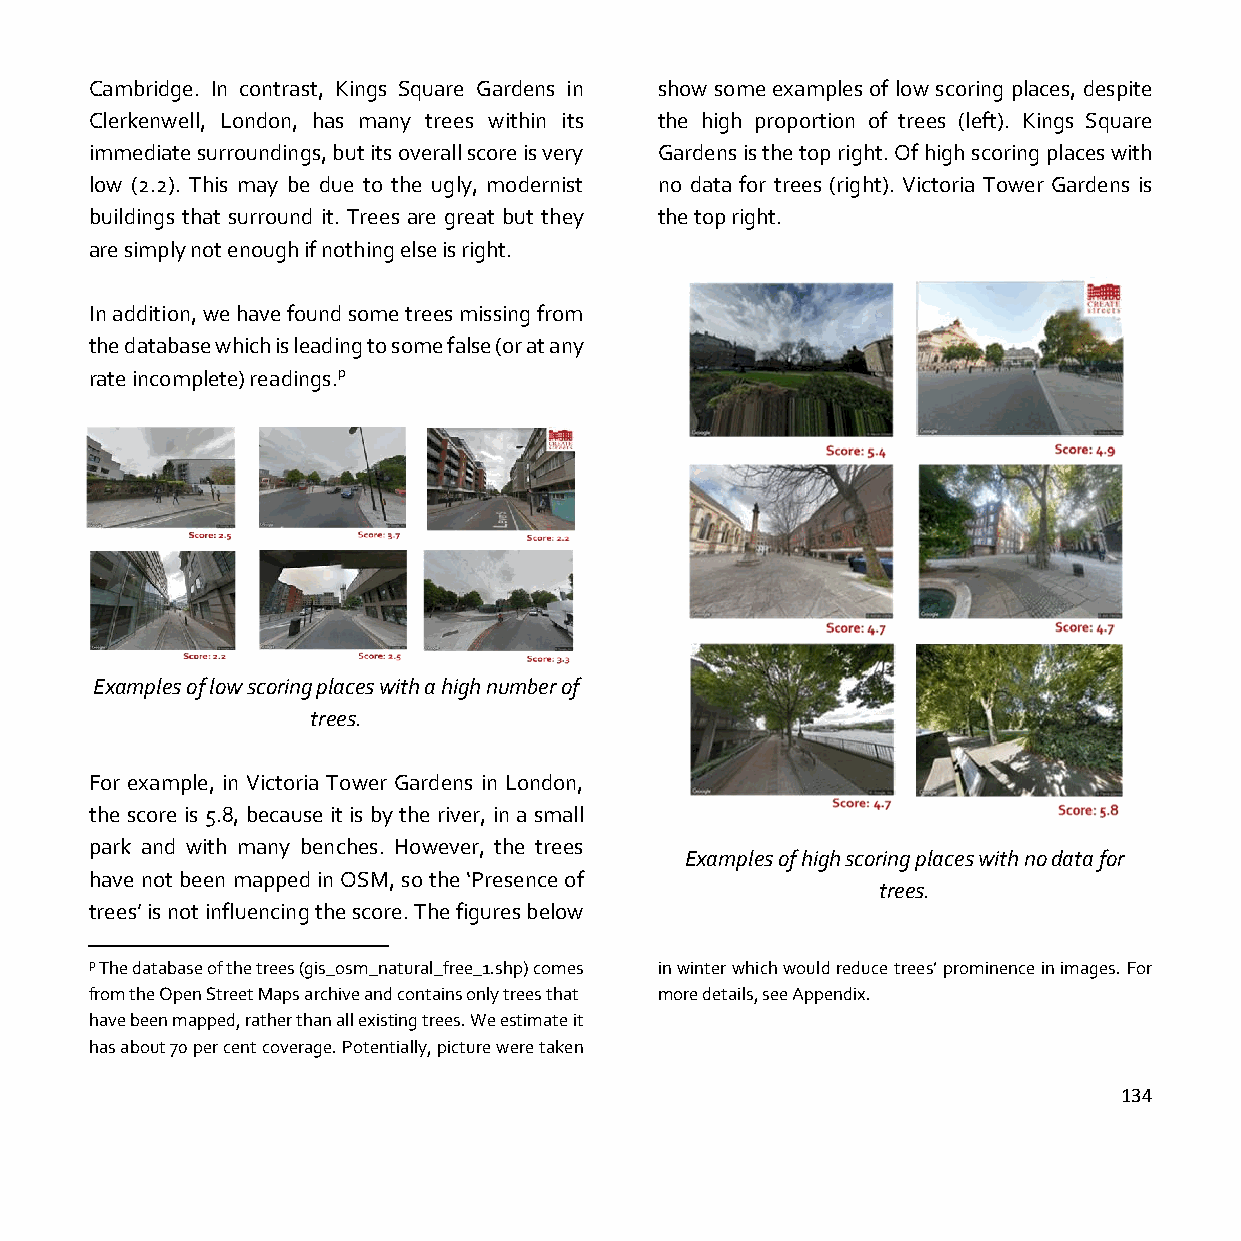
Cambridge. In contrast, Kings Square Gardens in show some examples of low scoring places, despite
 Clerkenwell, London, has many trees within its the high proportion of trees (left). Kings Square
 immediate surroundings, but its overall score is very Gardens is the top right. Of high scoring places with
 low (2.2). This may be due to the ugly, modernist no data for trees (right). Victoria Tower Gardens is
 buildings that surround it. Trees are great but they the top right.
 are simply not enough if nothing else is right.
 In addition, we have found some trees missing from
 the database which is leading to some false (or at any
 rate incomplete) readings.p
 Examples of low scoring places with a high number of
 trees.
 For example, in Victoria Tower Gardens in London,
 the score is 5.8, because it is by the river, in a small
 park and with many benches. However, the trees
 Examples of high scoring places with no data for
 have not been mapped in OSM, so the ‘Presence of
 trees.
 trees’ is not influencing the score. The figures below
 p The database of the trees (gis_osm_natural_free_1.shp) comes in winter which would reduce trees’ prominence in images. For
 from the Open Street Maps archive and contains only trees that more details, see Appendix.
 have been mapped, rather than all existing trees. We estimate it
 has about 70 per cent coverage. Potentially, picture were taken
 134